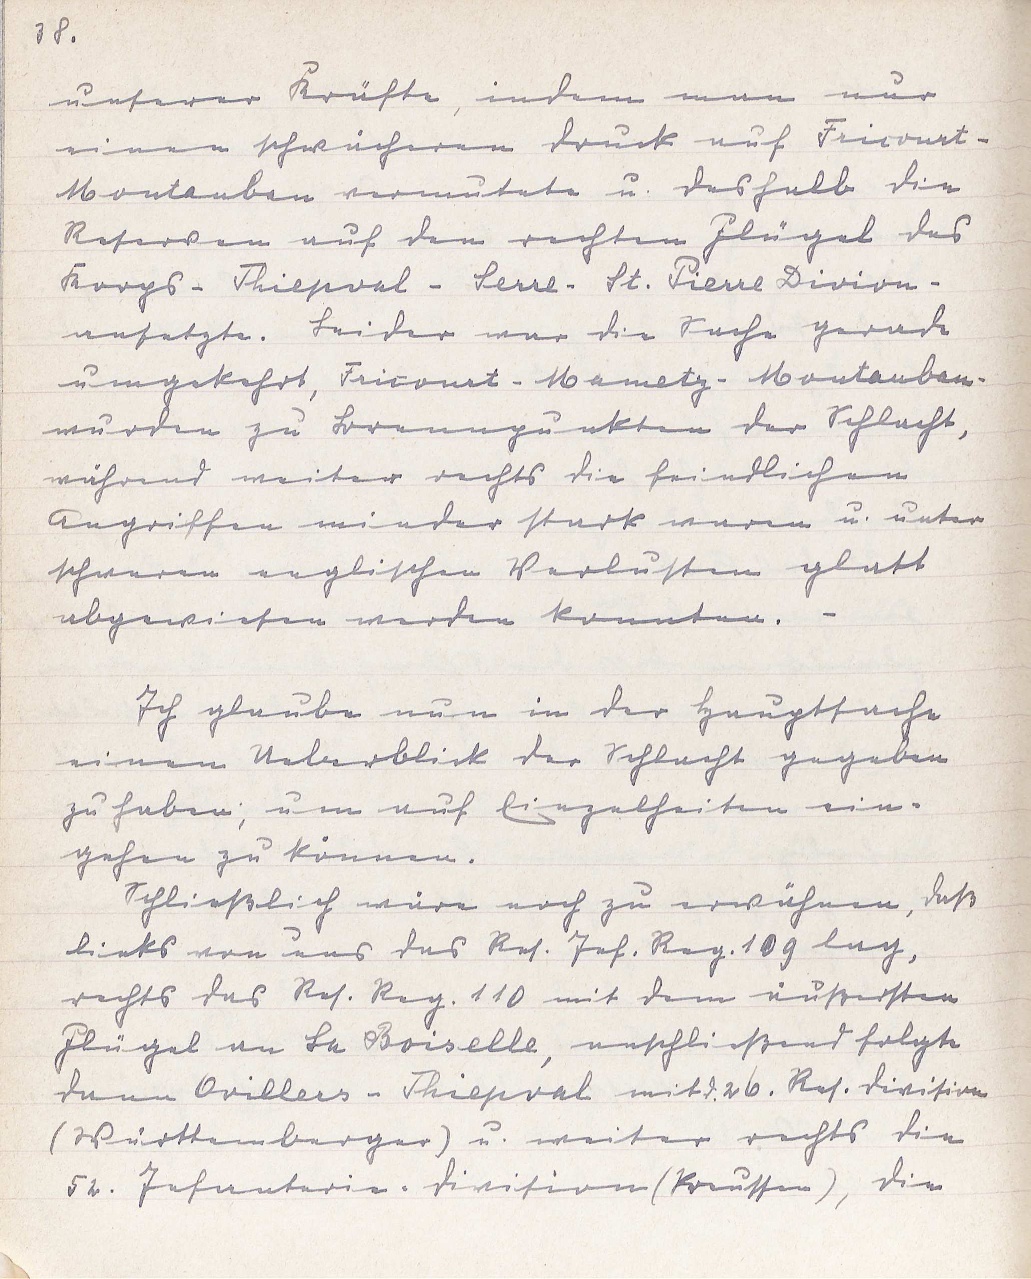
38.
unserer Kräfte, indem man nur
einen schwächeren druck auf Fricourt¬
Montauben vermutete u. deshalb die
Reserven auf den rechten Flügel des
Korps-Phiepoal - Serre. St. Vierre Divion¬
ansetzte. Leider war die Sache gerade
umgekehrt, Pricourt-Mametz-Montauban¬
wurden zu Brennpunkten der Schlacht,
während weiter rechts die feindlichen
Angriffen ninder stark waren u. unter
schweren englischen Verlusten glatt
abgewiesen werden konnten. -
Ich glaube nun in der Hauptsache
einen Ueberblick der Schlacht gegeben
zu haben, um auf Einzelheiten ein¬
gehen zu können.
Schließlich wäre noch zu erwähnen, daß
links von uns das Reh. Jef. Reg. 109 lag,
rechts das Res. Reg. 110 mit dem äußersten
Flügel an La Boiselle, anschließend folgte
dann Ovilleis - Phiepoal mitd 26. Res. Division
Württemberger) u. weiter rechts die
52. Iefanterie-Division (kreussen), die